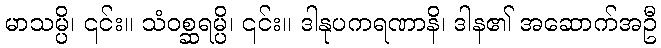
မာသမ္ပိ၊ ၎င်း။ သံဝစ္ဆရမ္ပိ၊ ၎င်း။ ဒါနုပကရဏာနိ၊ ဒါန၏ အဆောက်အဦ